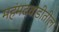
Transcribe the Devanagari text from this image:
महंमदवाडीतील